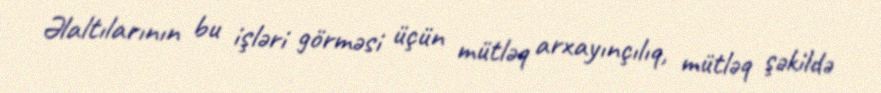
Əlaltılarının bu işləri görməsi üçün mütləq arxayınçılıq, mütləq şəkildə